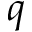
q